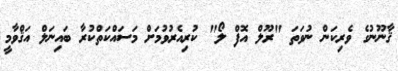
ޤާނޫނުގެ ވެރިކަން ނުވަތަ "ރޫލް އޮފް ލޯ" ކުރިއެރުވުމަށް މަސައްކަތްކުރާ ބައިނަލް އަޤްވާމީ